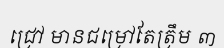
ជ្រៅ មានជម្រៅតែត្រឹម ៣